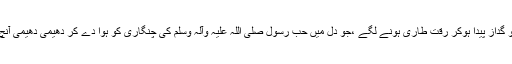
دل میں سوز و گداز پیدا ہوکر رقت طاری ہونے لگے ،جو دل میں حب رسول صلی اللہ علیہ وآلہ وسلم کی چنگاری کو ہوا دے کر دھیمی دھیمی آنچ سی لگا دے ۔